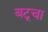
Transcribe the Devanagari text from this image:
बटूचा